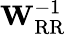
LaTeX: \mathbf{W}_{\mathrm{RR}}^{-1}